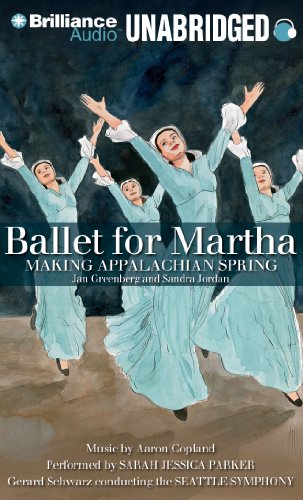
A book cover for Ballet for Martha: Making Appalachian Spring; Jan Greenberg; Teen & Young Adult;